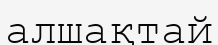
алшақтай